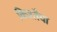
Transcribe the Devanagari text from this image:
किश्तैया